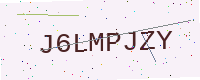
Text: J6LMPJZY